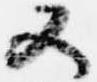
又